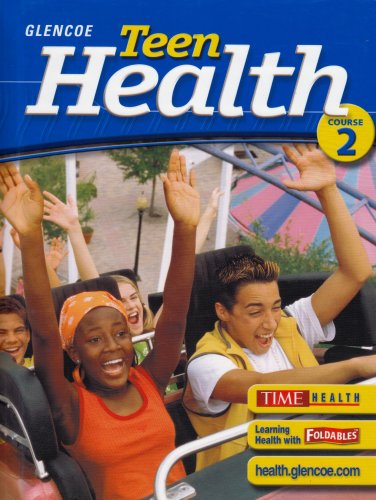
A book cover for Teen Health, Course 2, Student Edition; McGraw-Hill Education; Health, Fitness & Dieting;